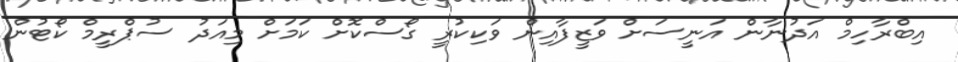
އިބްރާހިމް އަދުނާން އަނީސަށް ވަޒީފާއިން ވަކިކުރީ ގޯސްކޮށް ކަމަށް މިއަދު ސުޕްރީމް ކޯޓުން